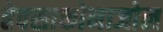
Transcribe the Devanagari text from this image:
हेक्‍साकोनाजोल